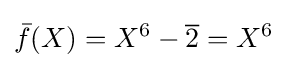
{\bar {f}}(X)=X^{6}-{\overline {2}}=X^{6}